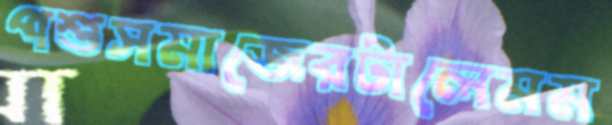
পশুসমাজেরটালেমম